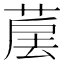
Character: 𦳰